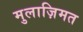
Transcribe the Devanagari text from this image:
मुलाज़िमत